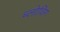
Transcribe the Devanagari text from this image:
ब्‍लोविग